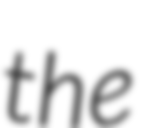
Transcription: the